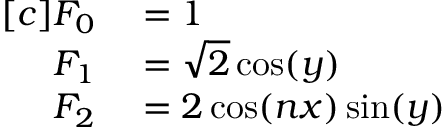
\begin{array} { r l } { [ c ] F _ { 0 } } & { { } = 1 } \\ { F _ { 1 } } & { { } = \sqrt { 2 } \cos ( y ) } \\ { F _ { 2 } } & { { } = 2 \cos ( n x ) \sin ( y ) } \end{array}